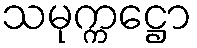
သမုက္ကဋ္ဌော